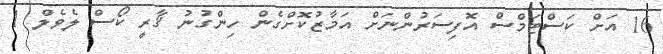
16 އަށް ކަސްޓަމްސް އޮފިސަރުންނަށް އަމާޒުކޮށްގެން ހިންގުނު ޤާރީ ކޯސް ލެވެލް 1